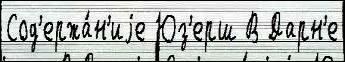
Сод'ержа́н'иjе Юз'ерш В Дарн'е